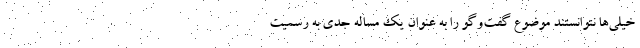
خیلی‌ها نتوانستند موضوع گفت‌وگو را به عنوان یک مساله جدی به رسمیت